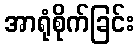
အာရုံစိုက်ခြင်း